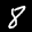
Label: 8